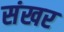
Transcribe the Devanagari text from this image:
संखर